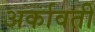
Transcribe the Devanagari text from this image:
अर्कावती